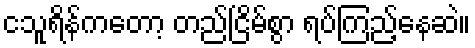
ငသူရိန်ကတော့ တည်ငြိမ်စွာ ရပ်ကြည့်နေဆဲ။